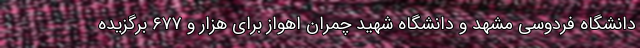
دانشگاه فردوسی مشهد و دانشگاه شهید چمران اهواز برای هزار و ۶۷۷ برگزیده